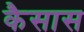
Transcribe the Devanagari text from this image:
कैसास